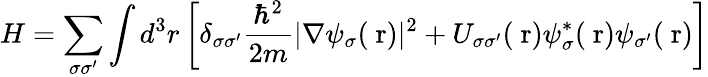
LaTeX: H=\sum_{\sigma\sigma^{\prime}}\int d^{3}r\left[\delta_{\sigma\sigma^{\prime}}\frac{\hbar^{2}}{2m}|\nabla\psi_{\sigma}(\mathrm{\mathbf~r})|^{2}+U_{\sigma\sigma^{\prime}}(\mathrm{\mathbf~r})\psi_{\sigma}^{*}(\mathrm{\mathbf~r})\psi_{\sigma^{\prime}}(\mathrm{\mathbf~r})\right]